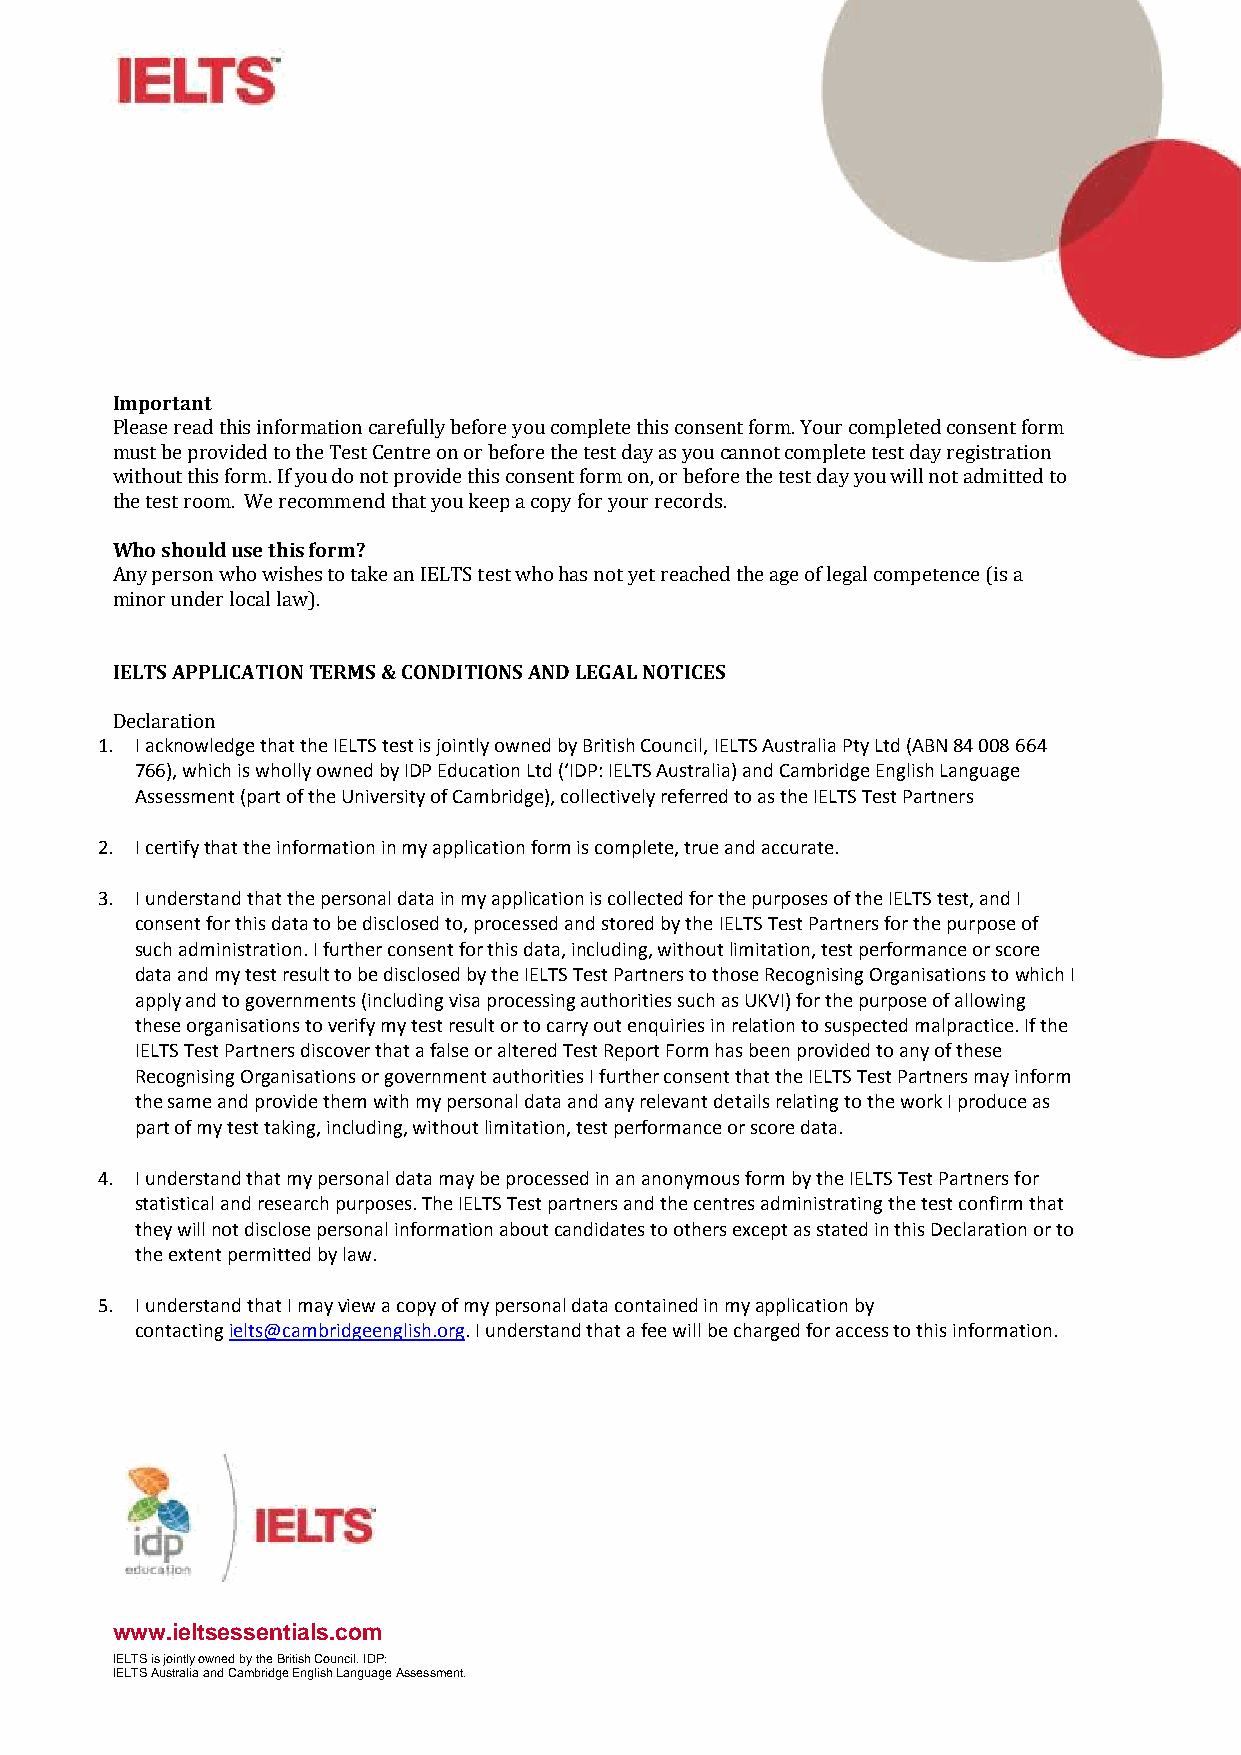
Important
 Please read this information carefully before you complete this consent form. Your completed consent form
 must be provided to the Test Centre on or before the test day as youcannot complete test day registration
 without this form. If you do not provide this consent form on, or before the test day you will not admitted to
 tWheh ote ssht orouoldm u. sWe et hreisc ofomrmme?nd that you keep a copy for your records.
 Any person who wishes to take an IELTStestwhohas not yet reached the age of legal competence(is a
 minor under local law).
 IELTS APPLICATIONTERMS & CONDITIONS AND LEGAL NOTICES
 1. I acknowledge that the IELTS test is jointly owned by British Council,IELTS Australia Pty Ltd (ABN 84 008 664
 De7cl6a6r)a, twiohnich is wholly owned by IDP Education Ltd (‘IDP: IELTS Australia) and Cambridge English Language
 Assessment (part of the University of Cambridge), collectively referred to as the IELTS Test Partners
 2. I certifythat the information in my application form is complete, true and accurate.
 3. I understand that the personal data in my application is collected for the purposes of the IELTS test, and I
 consent for this data to be disclosed to, processed and stored by theIELTS Test Partners for the purpose of
 such administration. I further consent for this data, including, without limitation, test performance or score
 data and my test result to be disclosed by the IELTS Test Partners to those Recognising Organisations to which I
 apply and to governments (including visa processing authorities such as UKVI) for the purpose of allowing
 these organisations to verify my test result or to carry out enquiries in relation to suspected malpractice. If the
 IELTS Test Partners discover that a false or altered Test Report Form has been provided to any of these
 Recognising Organisations or government authorities I further consent that the IELTS Test Partners may inform
 the same and provide them with my personal data and any relevant details relating to the work I produce as
 part of my test taking, including, without limitation, test performance or score data.
 4. I understand that my personal data may be processed in an anonymous form by the IELTS Test Partners for
 statistical and researchpurposes. The IELTS Test partners and the centres administrating the test confirm that
 they will not disclose personal information about candidates to others except as stated in this Declaration or to
 the extent permitted by law.
 5. I understand that I mayview a copy of my personal data contained in my application by
 contactingielts@cambridgeenglish.org. I understand that a fee will be charged for access to this information.
 www.ieltsessentials.com
 IELTS is jointly owned by the British Council. IDP:
 IELTS Australia andCambridgeEnglish Language Assessment.